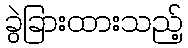
ခွဲခြားထားသည့်